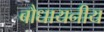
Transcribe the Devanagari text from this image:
बौधायनीय